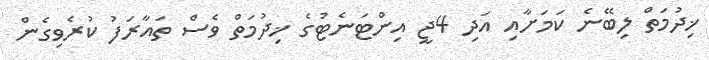
ޚިދުމަތް ލިބޭނެ ކަމަށާއި އަދި 4ޖީ އިންޓަނެޓުގެ ޚިދުމަތް ވެސް ތައާރަފު ކުރެވިގެން